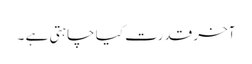
آخر قدرت کیا چاہتی ہے ۔